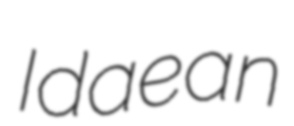
Idaean